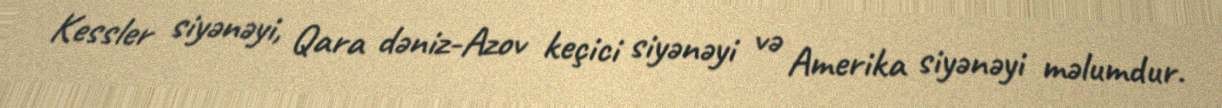
Kessler siyənəyi, Qara dəniz-Azov keçici siyənəyi və Amerika siyənəyi məlumdur.